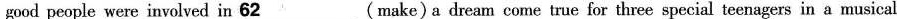
good people were involved in \underline{62}(make)a dream come true for three special teenagers in a musical